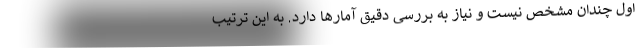
اول چندان مشخص نیست و نیاز به بررسی دقیق آمارها دارد. به این ترتیب